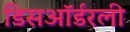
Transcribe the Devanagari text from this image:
डिसऑर्डरली